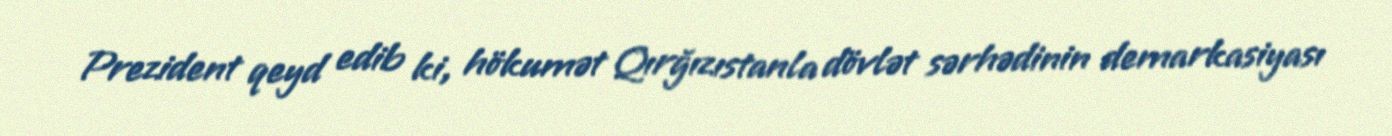
Prezident qeyd edib ki, hökumət Qırğızıstanla dövlət sərhədinin demarkasiyası